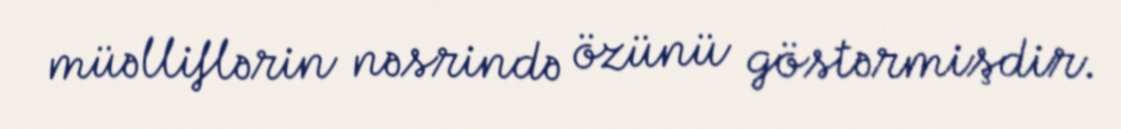
müəlliflərin nəsrində özünü göstərmişdir.